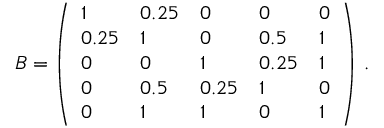
B = \left( \begin{array} { l l l l l } { 1 } & { 0 . 2 5 } & { 0 } & { 0 } & { 0 } \\ { 0 . 2 5 } & { 1 } & { 0 } & { 0 . 5 } & { 1 } \\ { 0 } & { 0 } & { 1 } & { 0 . 2 5 } & { 1 } \\ { 0 } & { 0 . 5 } & { 0 . 2 5 } & { 1 } & { 0 } \\ { 0 } & { 1 } & { 1 } & { 0 } & { 1 } \end{array} \right) \, .